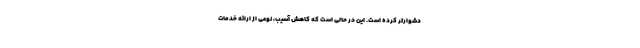
دشوارتر کرده است. این در حالی است که کاهش آسیب، نوعی از ارائه خدمات